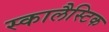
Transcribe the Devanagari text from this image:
स्कालैस्टिक